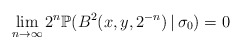
\begin{align*}\lim_{n\to\infty}2^{n}\mathbb{P}(B^2(x,y,2^{-n})\,|\,\sigma_{0})=0\end{align*}